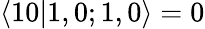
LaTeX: \langle 10|1,0;1,0\rangle=0